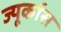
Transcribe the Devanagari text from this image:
ज्यूर्कास